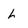
Character: L